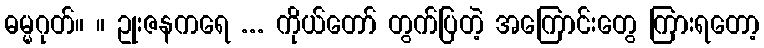
ဓမ္မဂုတ်။ ။ ဥုးဇနကရေ ... ကိုယ်တော် တွက်ပြတဲ့ အကြောင်းတွေ ကြားရတော့